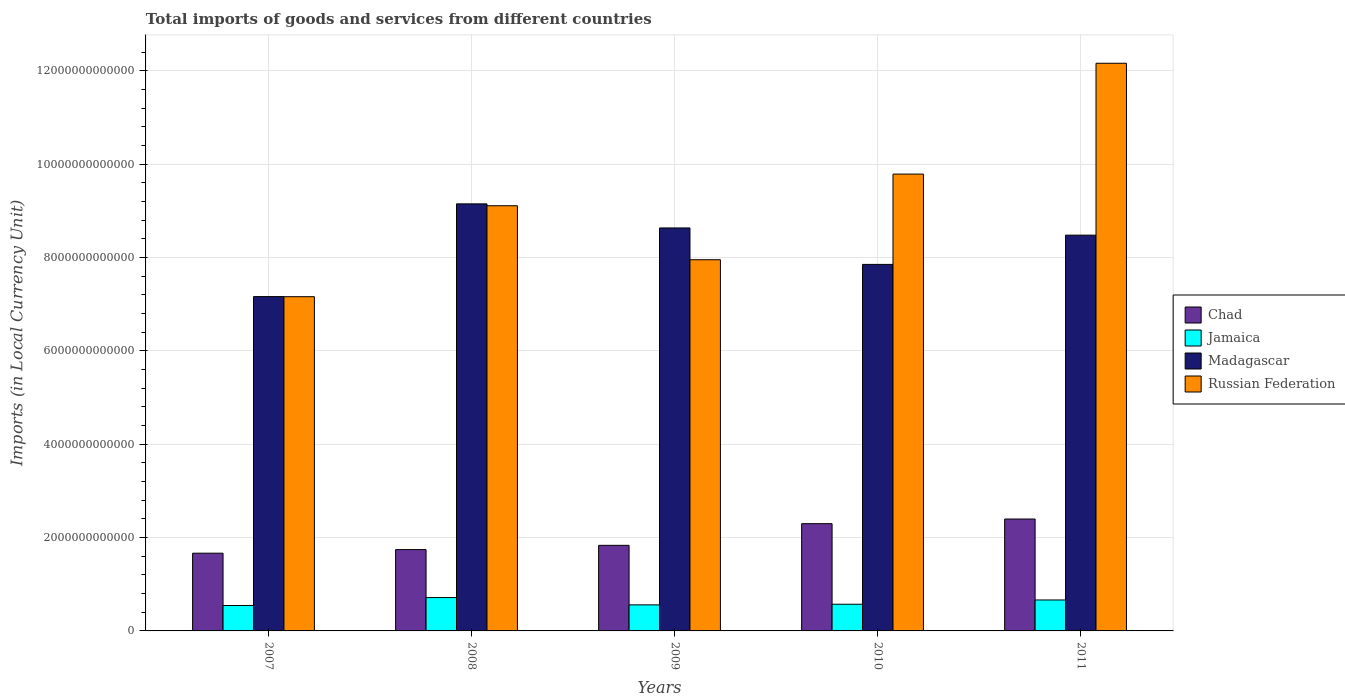
| Years | Chad | Jamaica | Madagascar | Russian Federation |
 | --- | --- | --- | --- | --- |
 | 2007 | 1.67e+12 | 5.45e+11 | 7.16e+12 | 7.16e+12 |
 | 2008 | 1.74e+12 | 7.15e+11 | 9.15e+12 | 9.11e+12 |
 | 2009 | 1.83e+12 | 5.58e+11 | 8.64e+12 | 7.95e+12 |
 | 2010 | 2.3e+12 | 5.72e+11 | 7.85e+12 | 9.79e+12 |
 | 2011 | 2.4e+12 | 6.63e+11 | 8.48e+12 | 1.22e+13 |